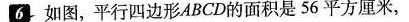
6如图，平行四边形ABCD的面积是56平方厘米，